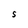
Character: S